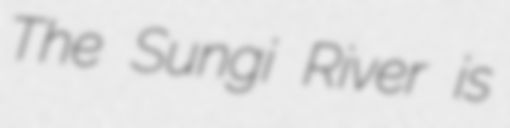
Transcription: The Sungi River is